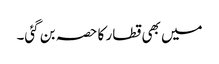
میں بھی قطار کا حصہ بن گئی۔